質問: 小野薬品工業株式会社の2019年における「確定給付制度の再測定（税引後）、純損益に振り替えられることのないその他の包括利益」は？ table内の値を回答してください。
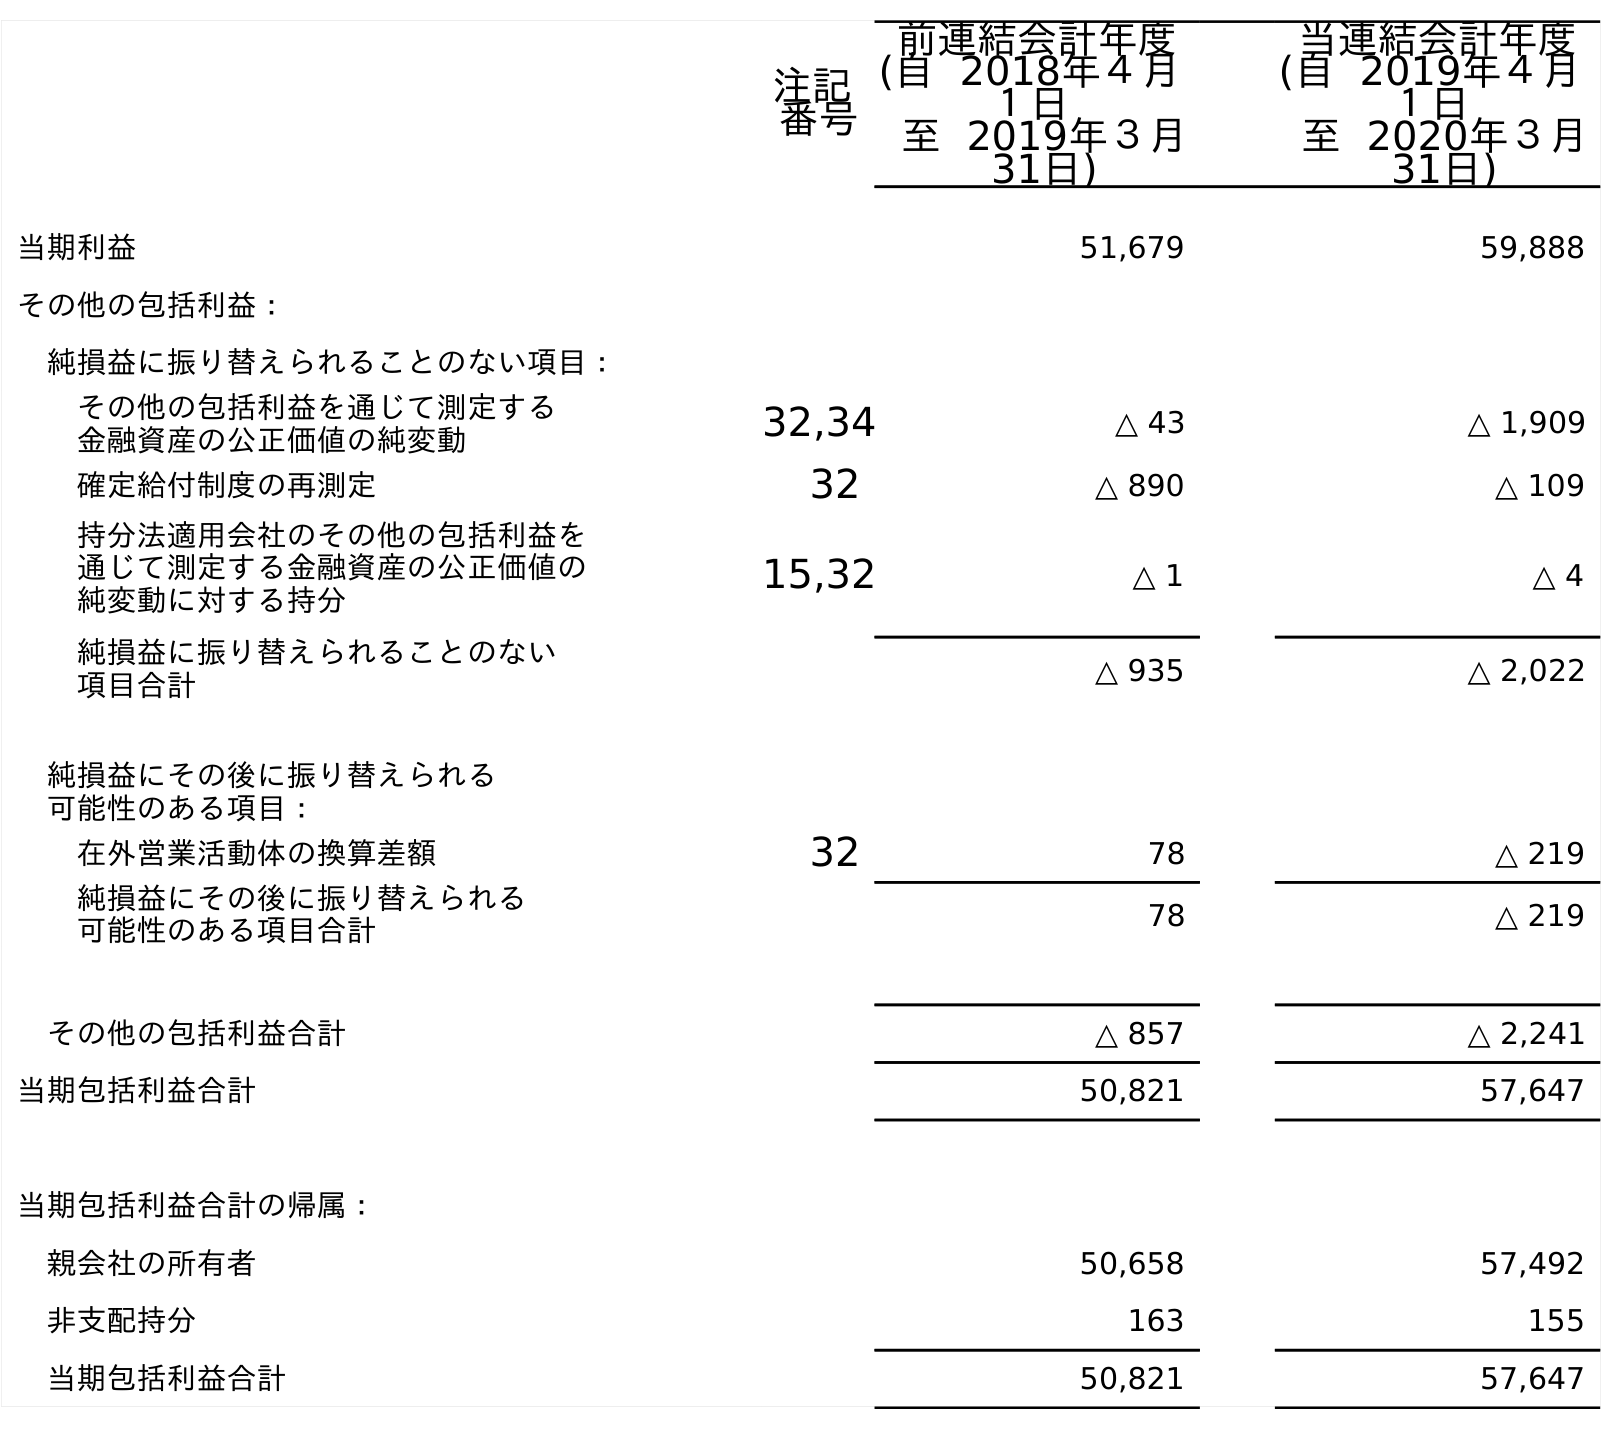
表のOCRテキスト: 注記 番号 前連結会計年度 (自 2018年４月 １日 至 2019年３月 31日) 当連結会計年度 (自 2019年４月 １日 至 2020年３月 31日) 当期利益 51,679 59,888 その他の包括利益： 純損益に振り替えられることのない項目： その他の包括利益を通じて測定する 金融資産の公正価値の純変動 32,34 △ 43 △ 1,909 確定給付制度の再測定 32 △ 890 △ 109 持分法適用会社のその他の包括利益を 通じて測定する金融資産の公正価値の 純変動に対する持分 15,32 △ 1 △ 4 純損益に振り替えられることのない 項目合計 △ 935 △ 2,022 純損益にその後に振り替えられる 可能性のある項目： 在外営業活動体の換算差額 32 78 △ 219 純損益にその後に振り替えられる 可能性のある項目合計 78 △ 219 その他の包括利益合計 △ 857 △ 2,241 当期包括利益合計 50,821 57,647 当期包括利益合計の帰属： 親会社の所有者 50,658 57,492 非支配持分 163 155 当期包括利益合計 50,821 57,647
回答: △890